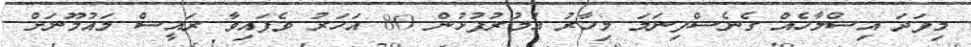
މިފަދަ އިސްލާހެއް ގެނެސްފިނަމަ މިހާރު އުމުުރުފުޅުން 80 އަހަރު ވެފައިވާ ރައީސް މައުމޫނަށް